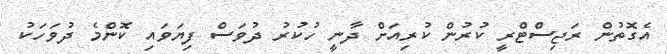
އެގޮތުން ރަޖިސްޓްރީ ކުރުން ކުރިއަށް ދާނީ ހުކުރު ދުވަސް ފިޔަވައި ކޮންމެ ދުވަހަކު